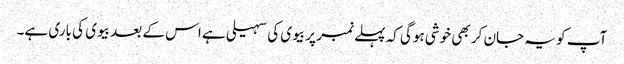
آپ کو یہ جان کر بھی خوشی ہوگی کہ پہلے نمبر پر بیوی کی سہیلی ہے اس کے بعد بیوی کی باری ہے۔